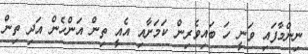
ނިންމާފައި ވަނީ ހަ ބައިވެރިން ކަމަށާއި އެއީ ތިން އަންހެން އަދި ތިން